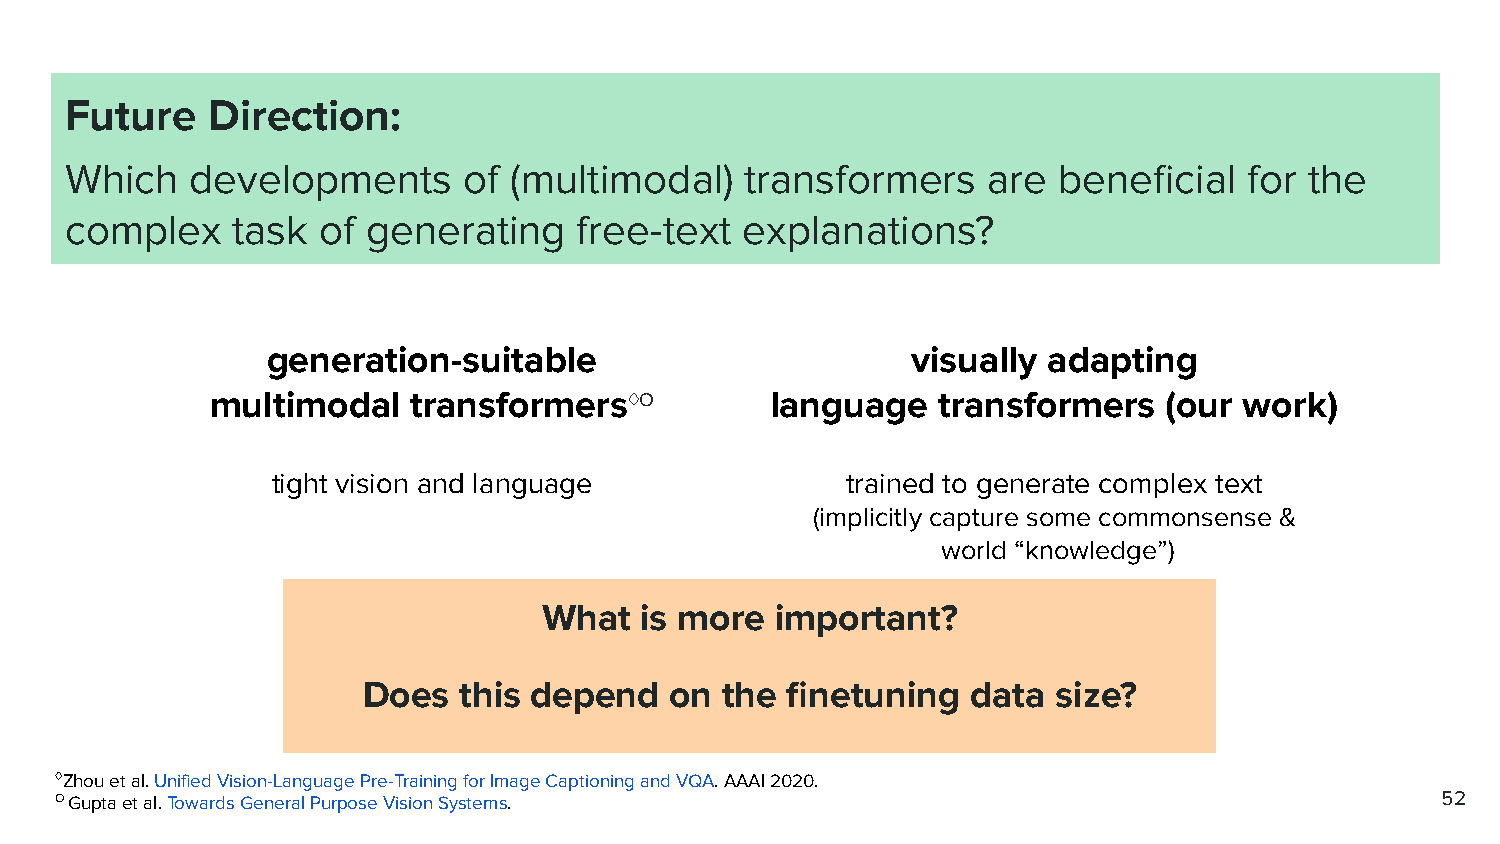
Future    Direction:
 Which    developments      of (multimodal)   transformers    are  beneficial   for the
 complex    task  of generating    free-text  explanations?
 generation-suitable                       visually adapting
 multimodal   transformers♢O          language   transformers   (our work)
 tight vision and language             trained to generate complex text
 (implicitly capture some commonsense &
 world “knowledge”)
 What  is more  important?
 Does  this depend   on  the finetuning  data  size?
 ♢Zhou et al. Unified Vision-Language Pre-Training for Image Captioning and VQA. AAAI 2020.
 O Gupta et al. Towards General Purpose Vision Systems.                                     52